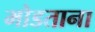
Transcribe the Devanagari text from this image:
मोडताना